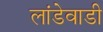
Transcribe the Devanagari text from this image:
लांडेवाडी